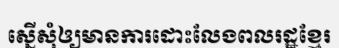
ស្នើសុំឲ្យមានការដោះលែងពលរដ្ឋខ្មែរ